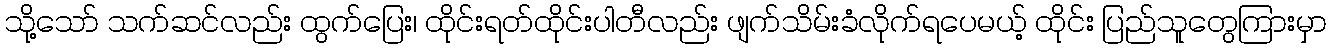
သို့သော် သက်ဆင်လည်း ထွက်ပြေး၊ ထိုင်းရတ်ထိုင်းပါတီလည်း ဖျက်သိမ်းခံလိုက်ရပေမယ့် ထိုင်း ပြည်သူတွေကြားမှာ